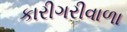
કારીગરીવાળા